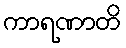
ကာရဏာတိ